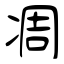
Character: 凋